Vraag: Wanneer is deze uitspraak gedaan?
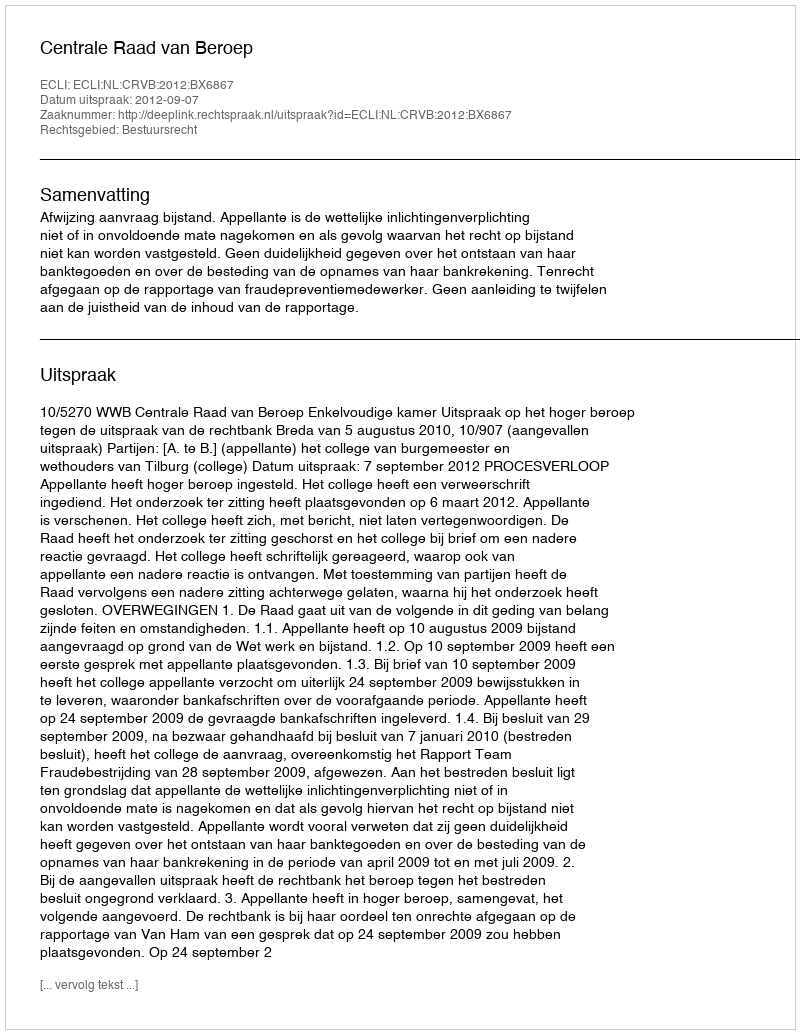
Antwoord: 2012-09-07